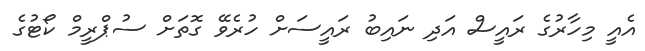
އެއީ މިހާރުގެ ރައީސް އަދި ނައިބު ރައީސަށް ހުރެވޭ ގޮތަށް ސުޕްރީމް ކޯޓުގެ